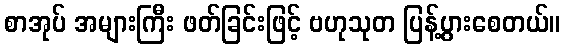
စာအုပ် အများကြီး ဖတ်ခြင်းဖြင့် ဗဟုသုတ ပြန့်ပွားစေတယ်။